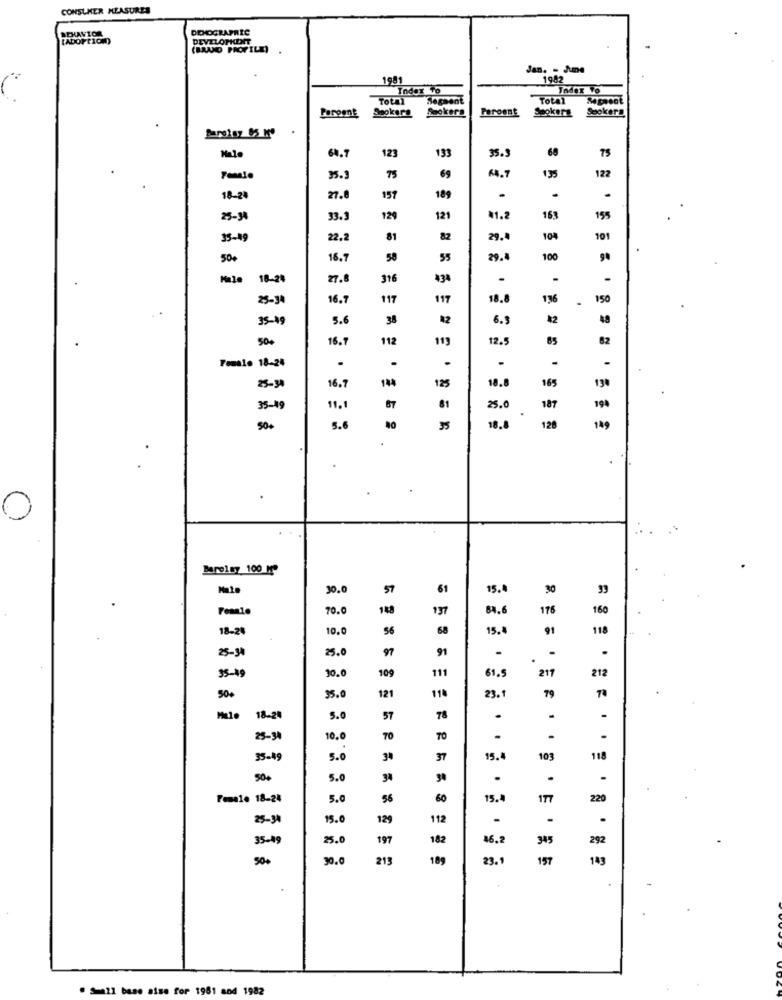
CONSUMER MEASURES
BEHAVIOR
DEMOGRAPHIC
[ADOPTION)
DEVELOPKENT
(BRAND PROFILE)
Jan. - Ame
1981
1982
Index To
Index To
Total
Segment
Total
Peroent
Sookara
Sookera
Faroent
Sookerg
Sockera
64.7
123
35.
68
75
133
35.
75
69
64.7
135
122
18-24
27.6
157
189
25-34
33.
129
121
1.2
163
159
35-19
22.
81
82
29.
104
101
50+
16.7
58
55
29.4
100
18-2
27.
316
434
.
25-34
16.7
117
117
18.8
136
150
35-49
5.6
38
42
6.3
42
500
16.7
112
113
12.5
65
62
.
.
Female 18-24
.
16.7
144
25-34
125
18.8
165
190
35-19
11.1
67
81
25.0
187
194
5.6
50+
35
18.8
128
145
0
Bareley 100 10
30.0
57
61
15.
30
70.0
148
137
B4.
176
160
18-21
10.0
56
15.4
91
118
25-34
25.0
97
91
95-49
10.0
111
212
109
61.
211
121
11
50+
35.0
23.
79
18-24
5.0
57
78
25-34
10.0
TO
TO
35-49
5.0
34
37
15.
103
118
5.0
34
30
.
.
Female 18-24
5.0
56
60
15.
177
220
25-34
15.0
129
112
35-49
25.0
197
182
16,2
345
292
50+
30.0
215
189
23.
157
143
. Small base aise for 1981 and 1982